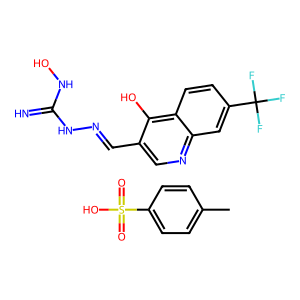
SMILES: Cc1ccc(S(=O)(=O)O)cc1.N=C(NO)NN=Cc1cnc2cc(C(F)(F)F)ccc2c1O
Inhibits HIV replication: No